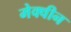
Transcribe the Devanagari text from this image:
मेक्वीन